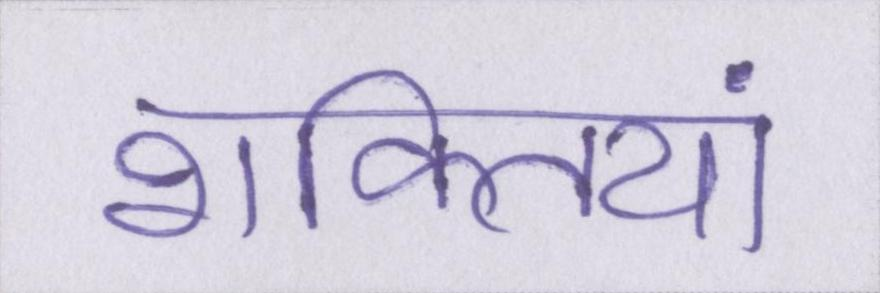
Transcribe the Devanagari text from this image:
शक्तियां